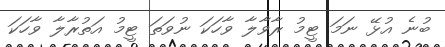
ބުނެ އުޅޭ ނަމަ ޓީމު ރާވާލާ ވާހަކަ ނުވަތަ ޓީމު އަތުރާލާ ވާހަކަ